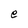
Character: e